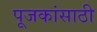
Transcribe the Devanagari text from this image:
पूजकांसाठी